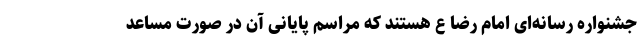
جشنواره رسانه‌ای امام رضا ع هستند که مراسم پایانی آن در صورت مساعد